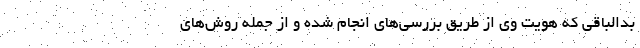
بدالباقی كه هويت وی از طريق بررسی‌های انجام شده و از جمله روش‌های